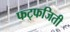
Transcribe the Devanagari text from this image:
फट्फजिती